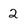
Character: 2